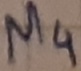
Text: M4